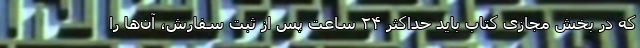
که در بخش مجازی کتاب باید حداکثر ۲۴ ساعت پس از ثبت سفارش، آن‌ها را